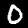
Digit: 0